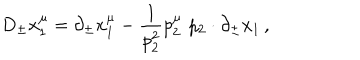
D _ { \pm } x _ { 1 } ^ { \mu } = \partial _ { \pm } x _ { 1 } ^ { \mu } - \frac 1 { p _ { 2 } ^ { 2 } } p _ { 2 } ^ { \mu } \, \, p _ { 2 } \cdot \partial _ { \pm } x _ { 1 } \, ,